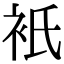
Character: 衹